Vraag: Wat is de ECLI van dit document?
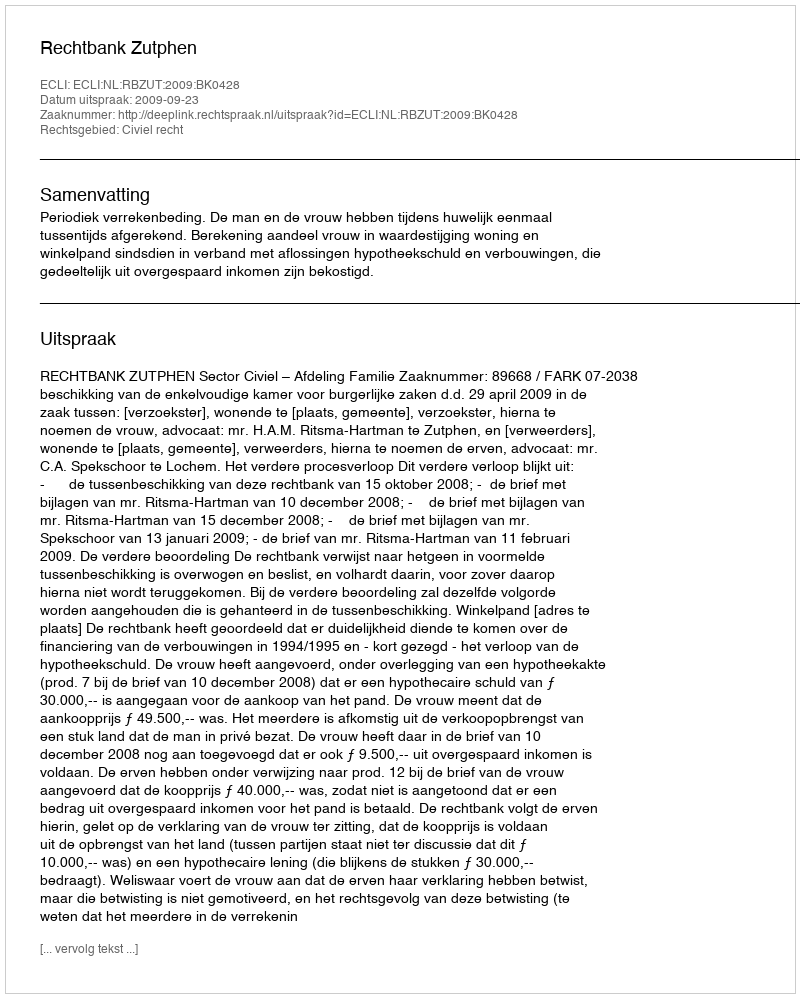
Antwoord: ECLI:NL:RBZUT:2009:BK0428